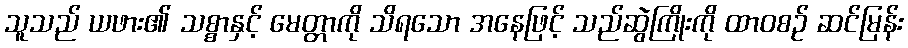
သူသည် ယဖား၏ သစ္စာနှင့် မေတ္တာကို သိရသော အနေဖြင့် သည်ဆွဲကြိုးကို ထာဝစဉ် ဆင်မြန်း